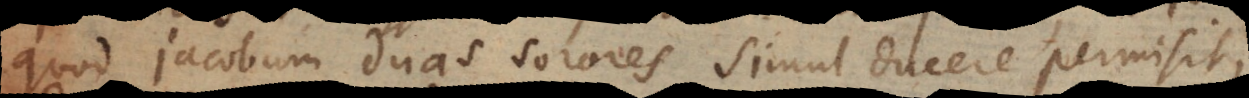
quod Jacobum duas sorores simul ducere permisit,